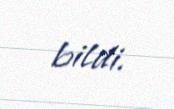
bildi.